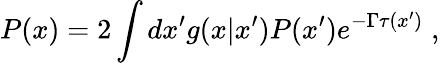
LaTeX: P(x)=2\int dx^{\prime}g(x|x^{\prime})P(x^{\prime})e^{-\Gamma\tau(x^{\prime})}\; ,